Lunatic asylums Burma 1922-24 - 1922-1924
Year: 1922
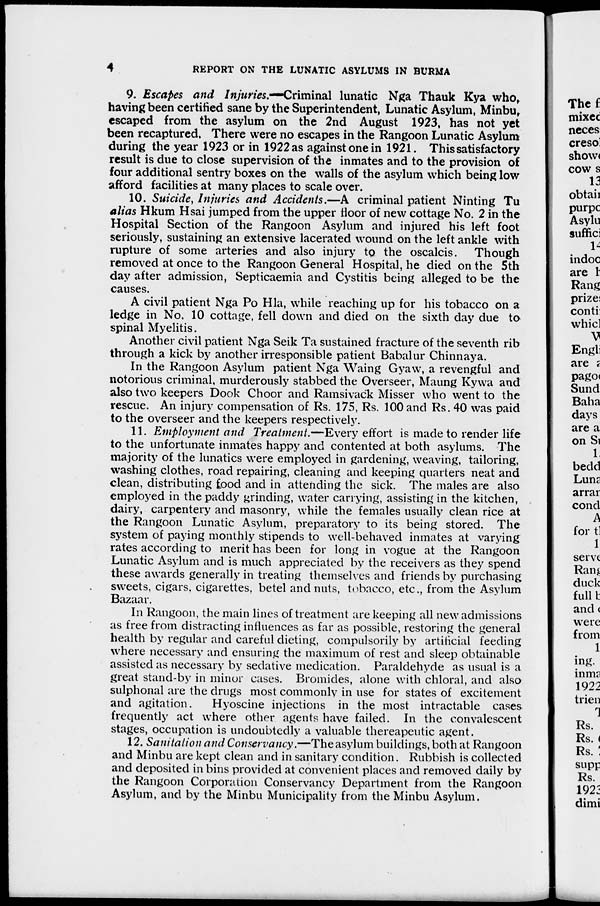
4
REPORT ON THE LUNATIC ASYLUMS IN BURMA
9. Escapes and Injuries.—Criminal lunatic Nga Thauk Kya who,
having been certified sane by the Superintendent, Lunatic Asylum, Minbu,
escaped from the asylum on the 2nd August 1923, has not yet
been recaptured. There were no escapes in the Rangoon Lunatic Asylum
during the year 1923 or in 1922 as against one in 1921. This satisfactory
result is due to close supervision of the inmates and to the provision of
four additional sentry boxes on the walls of the asylum which being low
afford facilities at many places to scale over.
10. Suicide, Injuries and Accidents.—A criminal patient Ninting Tu
alias Hkum Hsai jumped from the upper floor of new cottage No. 2 in the
Hospital Section of the Rangoon Asylum and injured his left foot
seriously, sustaining an extensive lacerated wound on the left ankle with
rupture of some arteries and also injury to the oscalcis. Though
removed at once to the Rangoon General Hospital, he died on the 5th
day after admission, Septicaemia and Cystitis being alleged to be the
causes.
A civil patient Nga Po Hla, while reaching up for his tobacco on a
ledge in No. 10 cottage, fell down and died on the sixth day due to
spinal Myelitis.
Another civil patient Nga Seik Ta sustained fracture of the seventh rib
through a kick by another irresponsible patient Babalur Chinnaya.
In the Rangoon Asylum patient Nga Waing Gyaw, a revengful and
notorious criminal, murderously stabbed the Overseer, Maung Kywa and
also two keepers Dook Choor and Ramsivack Misser who went to the
rescue. An injury compensation of Rs. 175, Rs. 100 and Rs. 40 was paid
to the overseer and the keepers respectively.
11. Employment and Treatment.—Every effort is made to render life
to the unfortunate inmates happy and contented at both asylums. The
majority of the lunatics were employed in gardening, weaving, tailoring,
washing clothes, road repairing, cleaning and keeping quarters neat and
clean, distributing food and in attending the sick. The males are also
employed in the paddy grinding, water carrying, assisting in the kitchen,
dairy, carpentery and masonry, while the females usually clean rice at
the Rangoon Lunatic Asylum, preparatory to its being stored. The
system of paying monthly stipends to well-behaved inmates at varying
rates according to merit has been for long in vogue at the Rangoon
Lunatic Asylum and is much appreciated by the receivers as they spend
these awards generally in treating themselves and friends by purchasing
sweets, cigars, cigarettes, betel and nuts, tobacco, etc., from the Asylum
Bazaar.
In Rangoon, the main lines of treatment are keeping all new admissions
as free from distracting influences as far as possible, restoring the general
health by regular and careful dieting, compulsorily by artificial feeding
where necessary and ensuring the maximum of rest and sleep obtainable
assisted as necessary by sedative medication. Paraldehyde as usual is a
great stand-by in minor cases. Bromides, alone with chloral, and also
sulphonal are the drugs most commonly in use for states of excitement
and agitation.
Hyoscine injections in the most intractable cases
frequently act where other agents have failed. In the convalescent
stages, occupation is undoubtedly a valuable thereapeutic agent.
12. Sanitation and Conservancy.—The asylum buildings, both at Rangoon
and Minbu are kept clean and in sanitary condition. Rubbish is collected
and deposited in bins provided at convenient places and removed daily by
the Rangoon Corporation Conservancy Department from the Rangoon
Asylum, and by the Minbu Municipality from the Minbu Asylum.